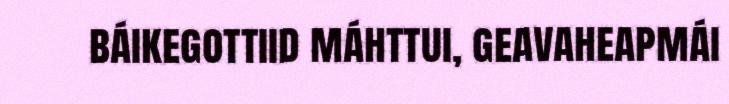
báikegottiid máhttui, geavaheapmái